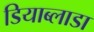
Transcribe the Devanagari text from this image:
डियाब्लाडा